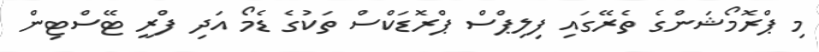
މި ޕްރޮމޯޝަންގެ ތެރޭގައި ފިލިޕްސް ޕްރޮޑަކްސް ތަކުގެ ޑެމޯ އަދި ފްރީ ޓޭސްޓިން